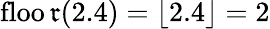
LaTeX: \operatorname{floo\mathfrak{r}}(2.4)=\lfloor2.4\rfloor=2